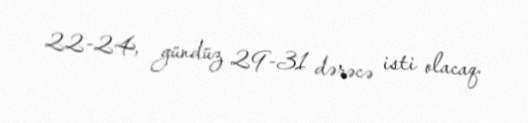
22-24, gündüz 29-31 dərəcə isti olacaq.